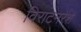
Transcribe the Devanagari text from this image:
विराटनरेश